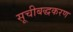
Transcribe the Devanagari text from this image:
सूचीबद्धकरण